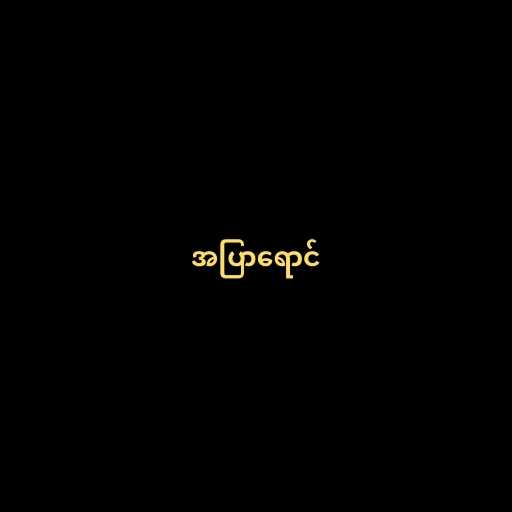
အပြာရောင်